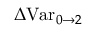
\Delta \mathrm { V a r } _ { 0 \rightarrow 2 }